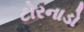
ટોરનાડો